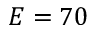
E = 7 0